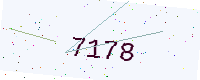
Text: 7178